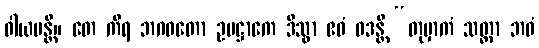
ဝါယမန္တိ။ တေ ကိရ ဘဂဝတော ဥပဋ္ဌာကေ ဒိသွာ ဧဝံ ဝဒန္တိ “တုမှာကံ သတ္ထာ ဘဝံ